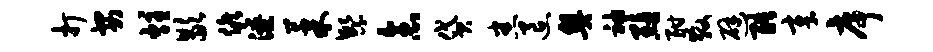
打安炷歇候潦果繁念贷悉退奥袖黯酣散避酷章序